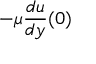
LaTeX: - \mu { \frac { d u } { d y } } ( 0 )